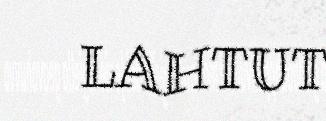
LAHTUT